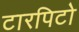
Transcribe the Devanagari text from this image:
टारपिटो